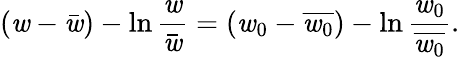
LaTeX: (\mathit{w}-\bar{{\mathit{w}}})-\ln\frac{{\mathit{w}}}{{\bar{{\mathit{w}}}}}=(\mathit{w}_{0}-\overline{{{\mathit{w}_{0}}}})-\ln\frac{{\mathit{w}_{0}}}{{\overline{{{\mathit{w}_{0}}}}}}.